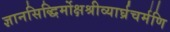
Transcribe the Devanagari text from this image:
ज्ञानसिद्धिर्मोक्षश्रीव्यार्घ्रचर्मणि